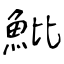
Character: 魮